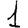
Digit: 1